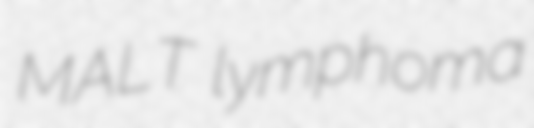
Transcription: MALT lymphoma